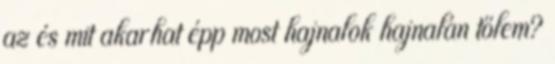
az és mit akarhat épp most hajnalok hajnalán tőlem?